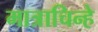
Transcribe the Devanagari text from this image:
मात्राचिन्हे